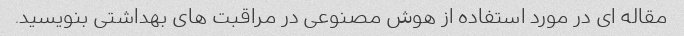
مقاله ای در مورد استفاده از هوش مصنوعی در مراقبت های بهداشتی بنویسید.